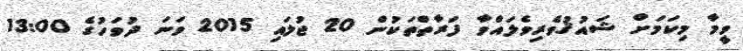
ވީމާ މިކަމަށް ޝައުޤުވެރިވެލައްވާ ފަރާތްތަކުން 20 ޖުލައި 2015 ވަނަ ދުވަހުގެ 13:00